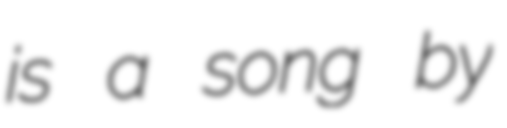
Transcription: is a song by